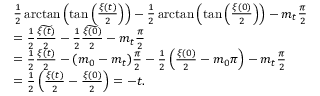
\begin{array} { r l } & { \frac { 1 } { 2 } \arctan \left( \tan \left( \frac { \xi ( t ) } { 2 } \right) \right) - \frac { 1 } { 2 } \arctan \left( \tan \left( \frac { \xi ( 0 ) } { 2 } \right) \right) - m _ { t } \frac { \pi } { 2 } } \\ & { = \frac { 1 } { 2 } \widetilde { \frac { \xi ( t ) } { 2 } } - \frac { 1 } { 2 } \widetilde { \frac { \xi ( 0 ) } { 2 } } - m _ { t } \frac { \pi } { 2 } } \\ & { = \frac { 1 } { 2 } \frac { \xi ( t ) } { 2 } - ( m _ { 0 } - m _ { t } ) \frac { \pi } { 2 } - \frac { 1 } { 2 } \left( \frac { \xi ( 0 ) } { 2 } - m _ { 0 } \pi \right) - m _ { t } \frac { \pi } { 2 } } \\ & { = \frac { 1 } { 2 } \left( \frac { \xi ( t ) } { 2 } - \frac { \xi ( 0 ) } { 2 } \right) = - t . } \end{array}